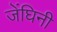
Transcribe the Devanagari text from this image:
जेंघिनी